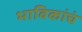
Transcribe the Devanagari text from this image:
भाविकांचं